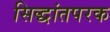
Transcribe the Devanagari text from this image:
सिद्धांतपरक